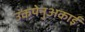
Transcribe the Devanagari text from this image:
उकपेनुअकाई